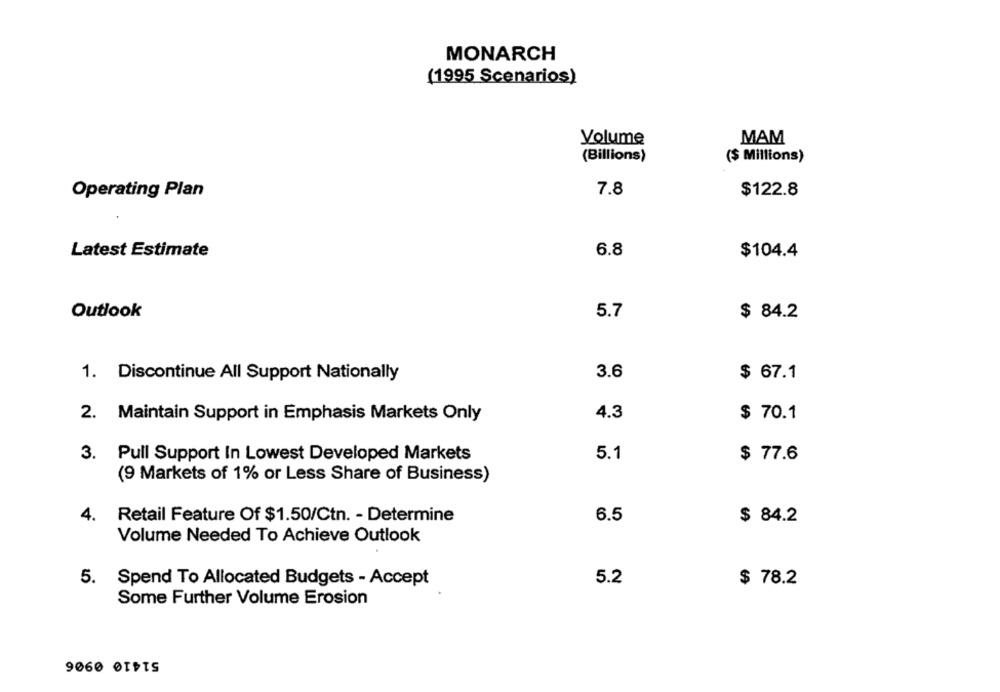
MONARCH
(1995 Scenarios)
Volume
MAM
(Billions)
($ Millions)
Operating Plan
7.8
$122.8
Latest Estimate
6.8
$104.4
Outlook
5.7
$ 84.2
1. Discontinue All Support Nationally
3.6
$ 67.1
4.3
2. Maintain Support in Emphasis Markets Only
$ 70.1
3. Pull Support In Lowest Developed Markets
5.1
$ 77.6
(9 Markets of 1% or Less Share of Business)
4. Retail Feature Of $1.50/Ctn. - Determine
6.5
$ 84.2
Volume Needed To Achieve Outlook
5.2
5.
Spend To Allocated Budgets - Accept
$ 78.2
Some Further Volume Erosion
9060 01PTS